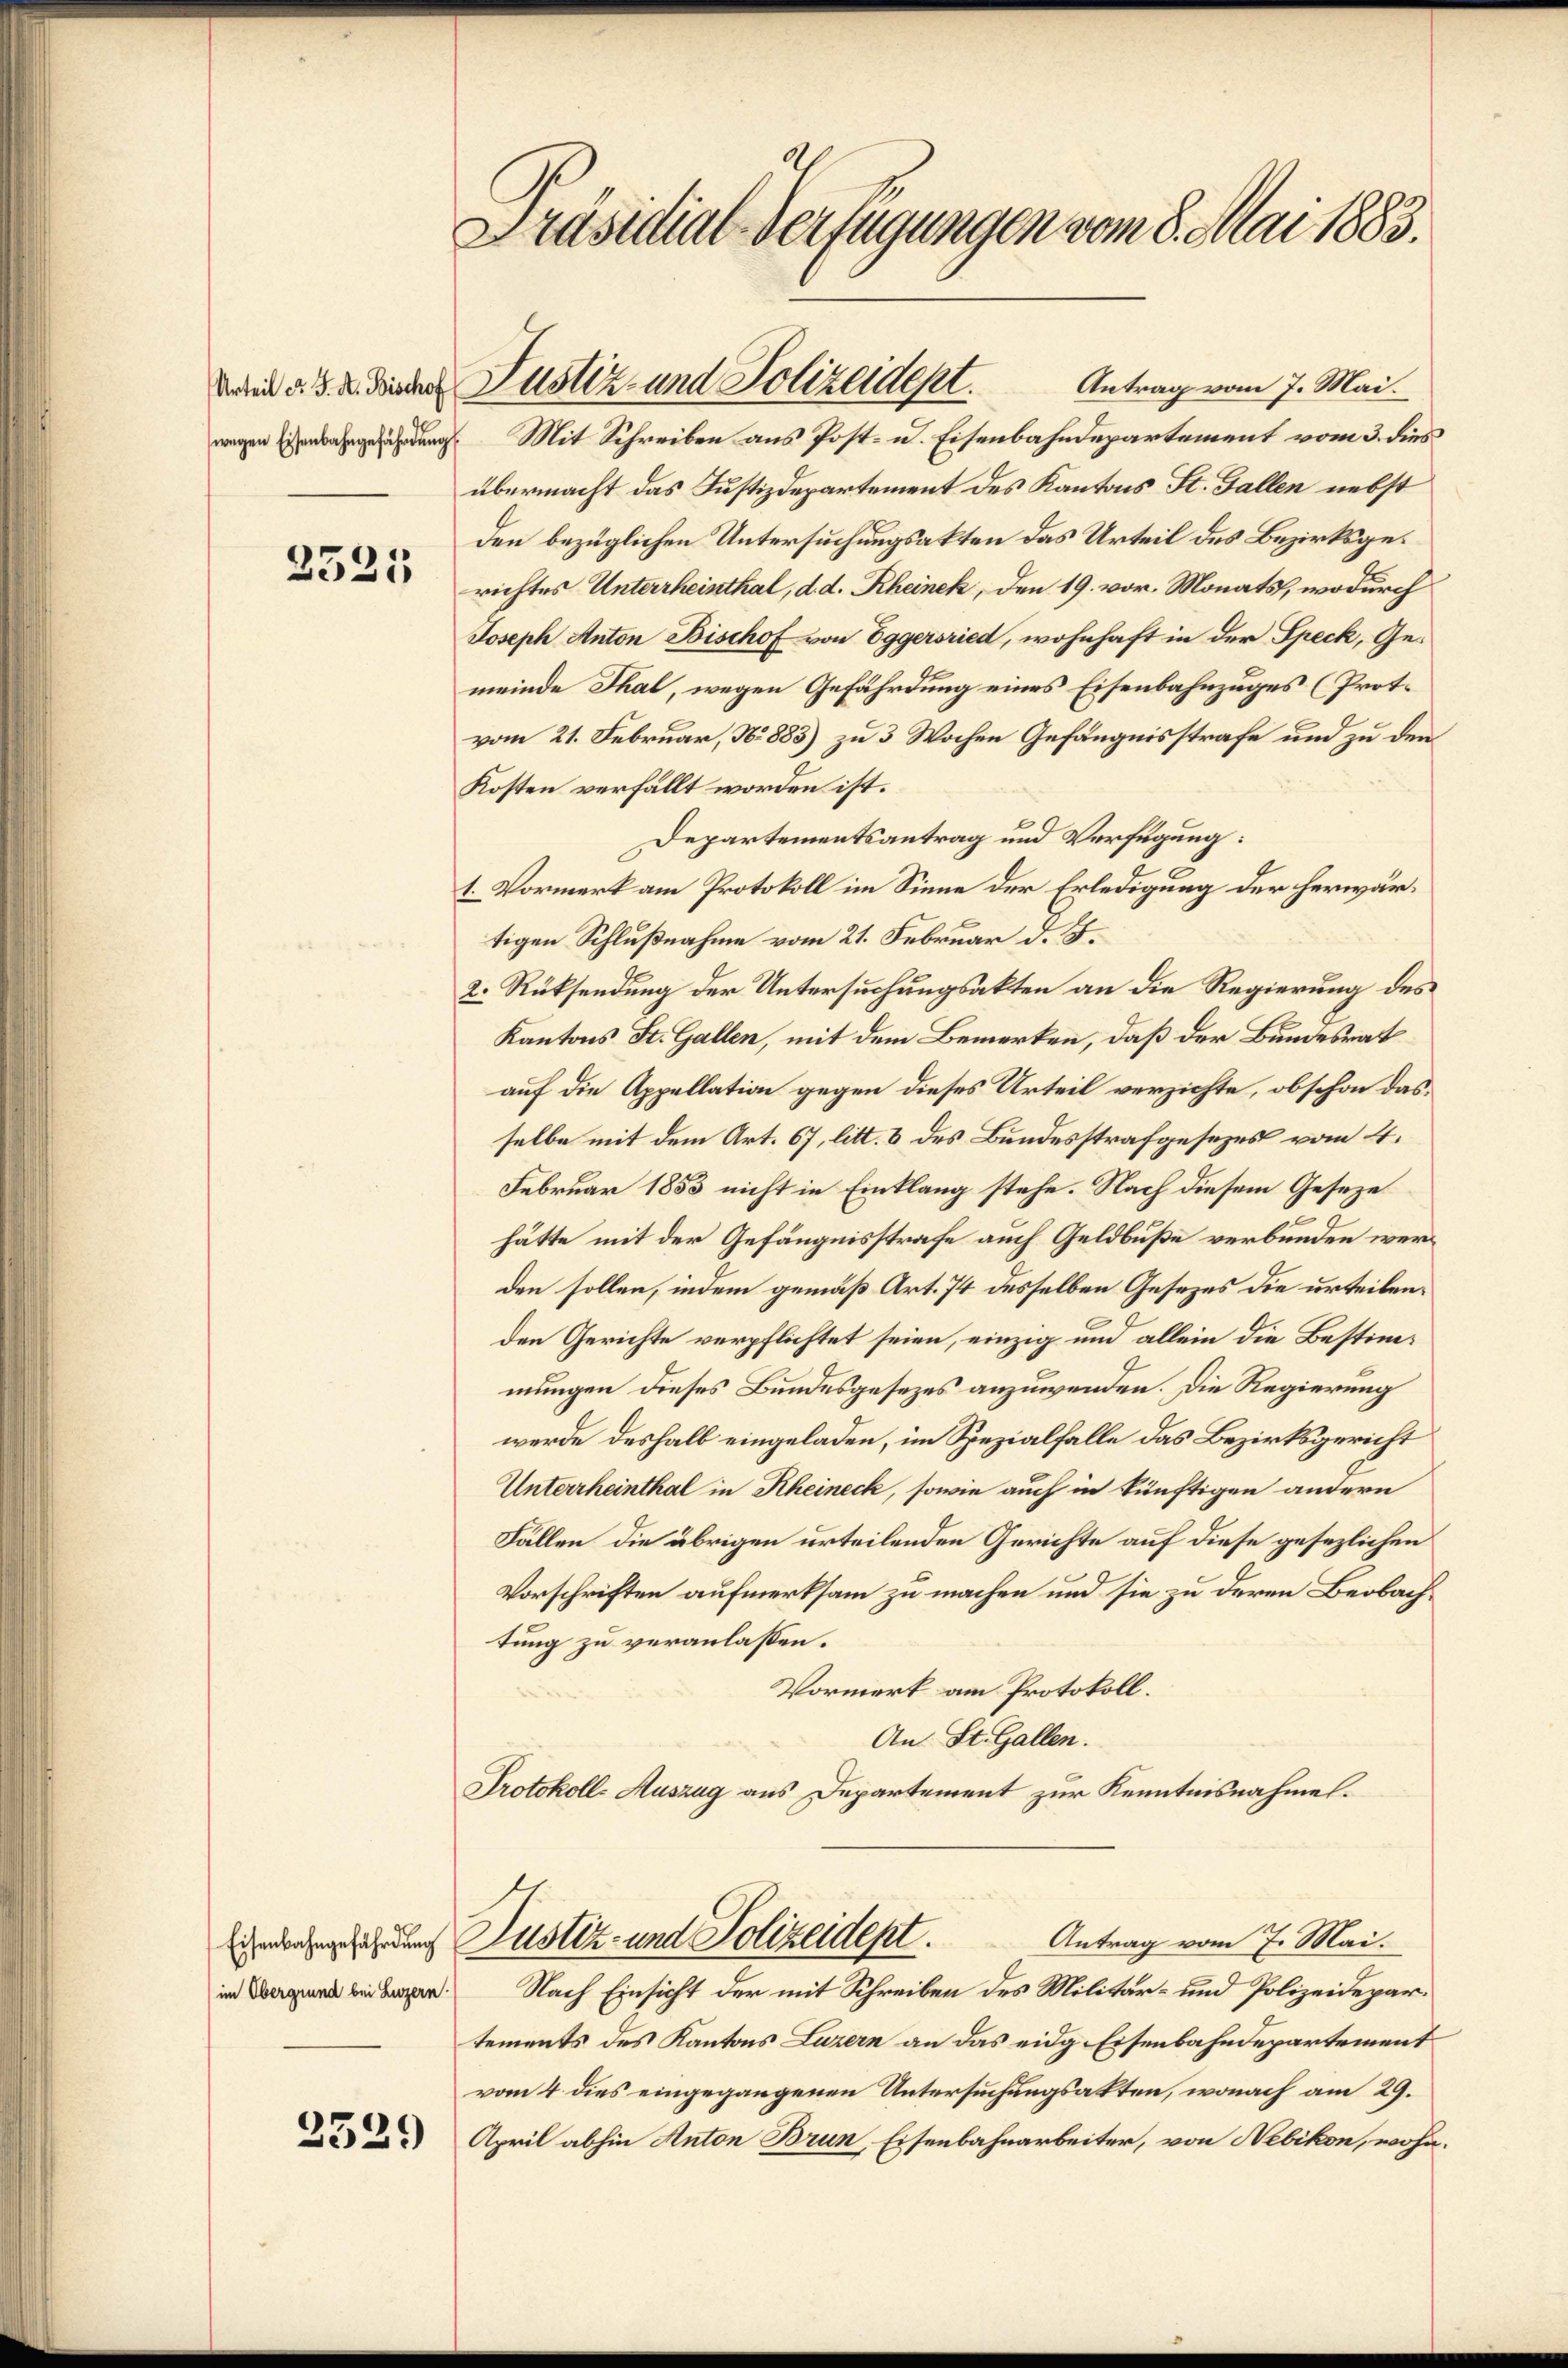
Urteil d. J. A. Bischof
wegen Eisenbahngefährdung

2525

im Obergrund bei Luzern.

2529

Präsidial-Verfügungen vom 8. Mai 1883.

Antrag vom 7. Mai.
Mit Schreiben aus Post- u. Eisenbahndepartement vom 3. dies
übermacht das Justizdepartement des Kantons St. Gallen nebst
den bezüglichen Untersuchungsakten das Urteil des Bezirksgerichtes Unterrheinthal, d. d. Rheinek, den 19. vor. Monats, wodurch
Joseph Anton Bischof von Eggersried, wohnhaft in der Speck, Gemeinde Thal, wegen Gefährdung eines Eisenbahnzuges (Prot.
vom 21. Februar, No 883) zu 3 Wochen Gefängnisstrafe und zu den
Kosten verfällt worden ist.
Departementsantrag und Verfügung:
1. Vormerk am Protokoll im Sinne der Erledigung der herwärtigen Schlußnahme vom 21. Februar d. J.
2. Rücksendung der Untersuchungsakten an die Regierung des
Kantons St. Gallen, mit dem Bemerken, daß der Bundesrat
auf die Appellation gegen dieses Urteil verzichte, obschon das
selbe mit dem Art. 67, litt. 8 des Bundesstrafgesezes vom 4.
Februar 1853 nicht in Einklang stehe. Nach diesem Geseze
hätte mit der Gefängnisstrafe auch Geldbuße verbunden werden sollen, indem gemäß Art. 74 desselben Gesezes die urteilenden Gerichte verpflichtet seien, einzig und allein die Bestimmungen dieses Bundesgesezes anzuwenden. Die Regierung
werde deshalb eingeladen, im Spezialfalle das Bezirksgericht
Unterrheinthal in Rheineck, sowie auch in künftigen andern
Fällen die übrigen urteilenden Gerichte auf diese gesezlichen
Vorschriften aufmerksam zu machen und sie zu deren Beobachtung zu veranlassen.
Vormerk am Protokoll.
An St. Gallen.
Protokoll-Auszug aus Departement zur Kenntnisnahme.
Antrag vom 7. Mai.
Eichendenzugesehenden Zustiz- und Polizeident.
Nach Einsicht der mit Schreiben des Militär- und Polizeidepartements des Kantons Luzern an das eidg. Eisenbahndepartement
vom 4 dies eingegangenen Untersuchungsakten, wonach am 29.
April abhin Anton Brun, Eisenbahnarbeiter, von Nebikon, wohn¬

Justiz- und Polizeidept.